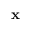
\mathbf { x }